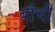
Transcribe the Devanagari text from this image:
बौची